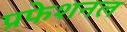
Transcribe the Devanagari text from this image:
प्रफेशनल